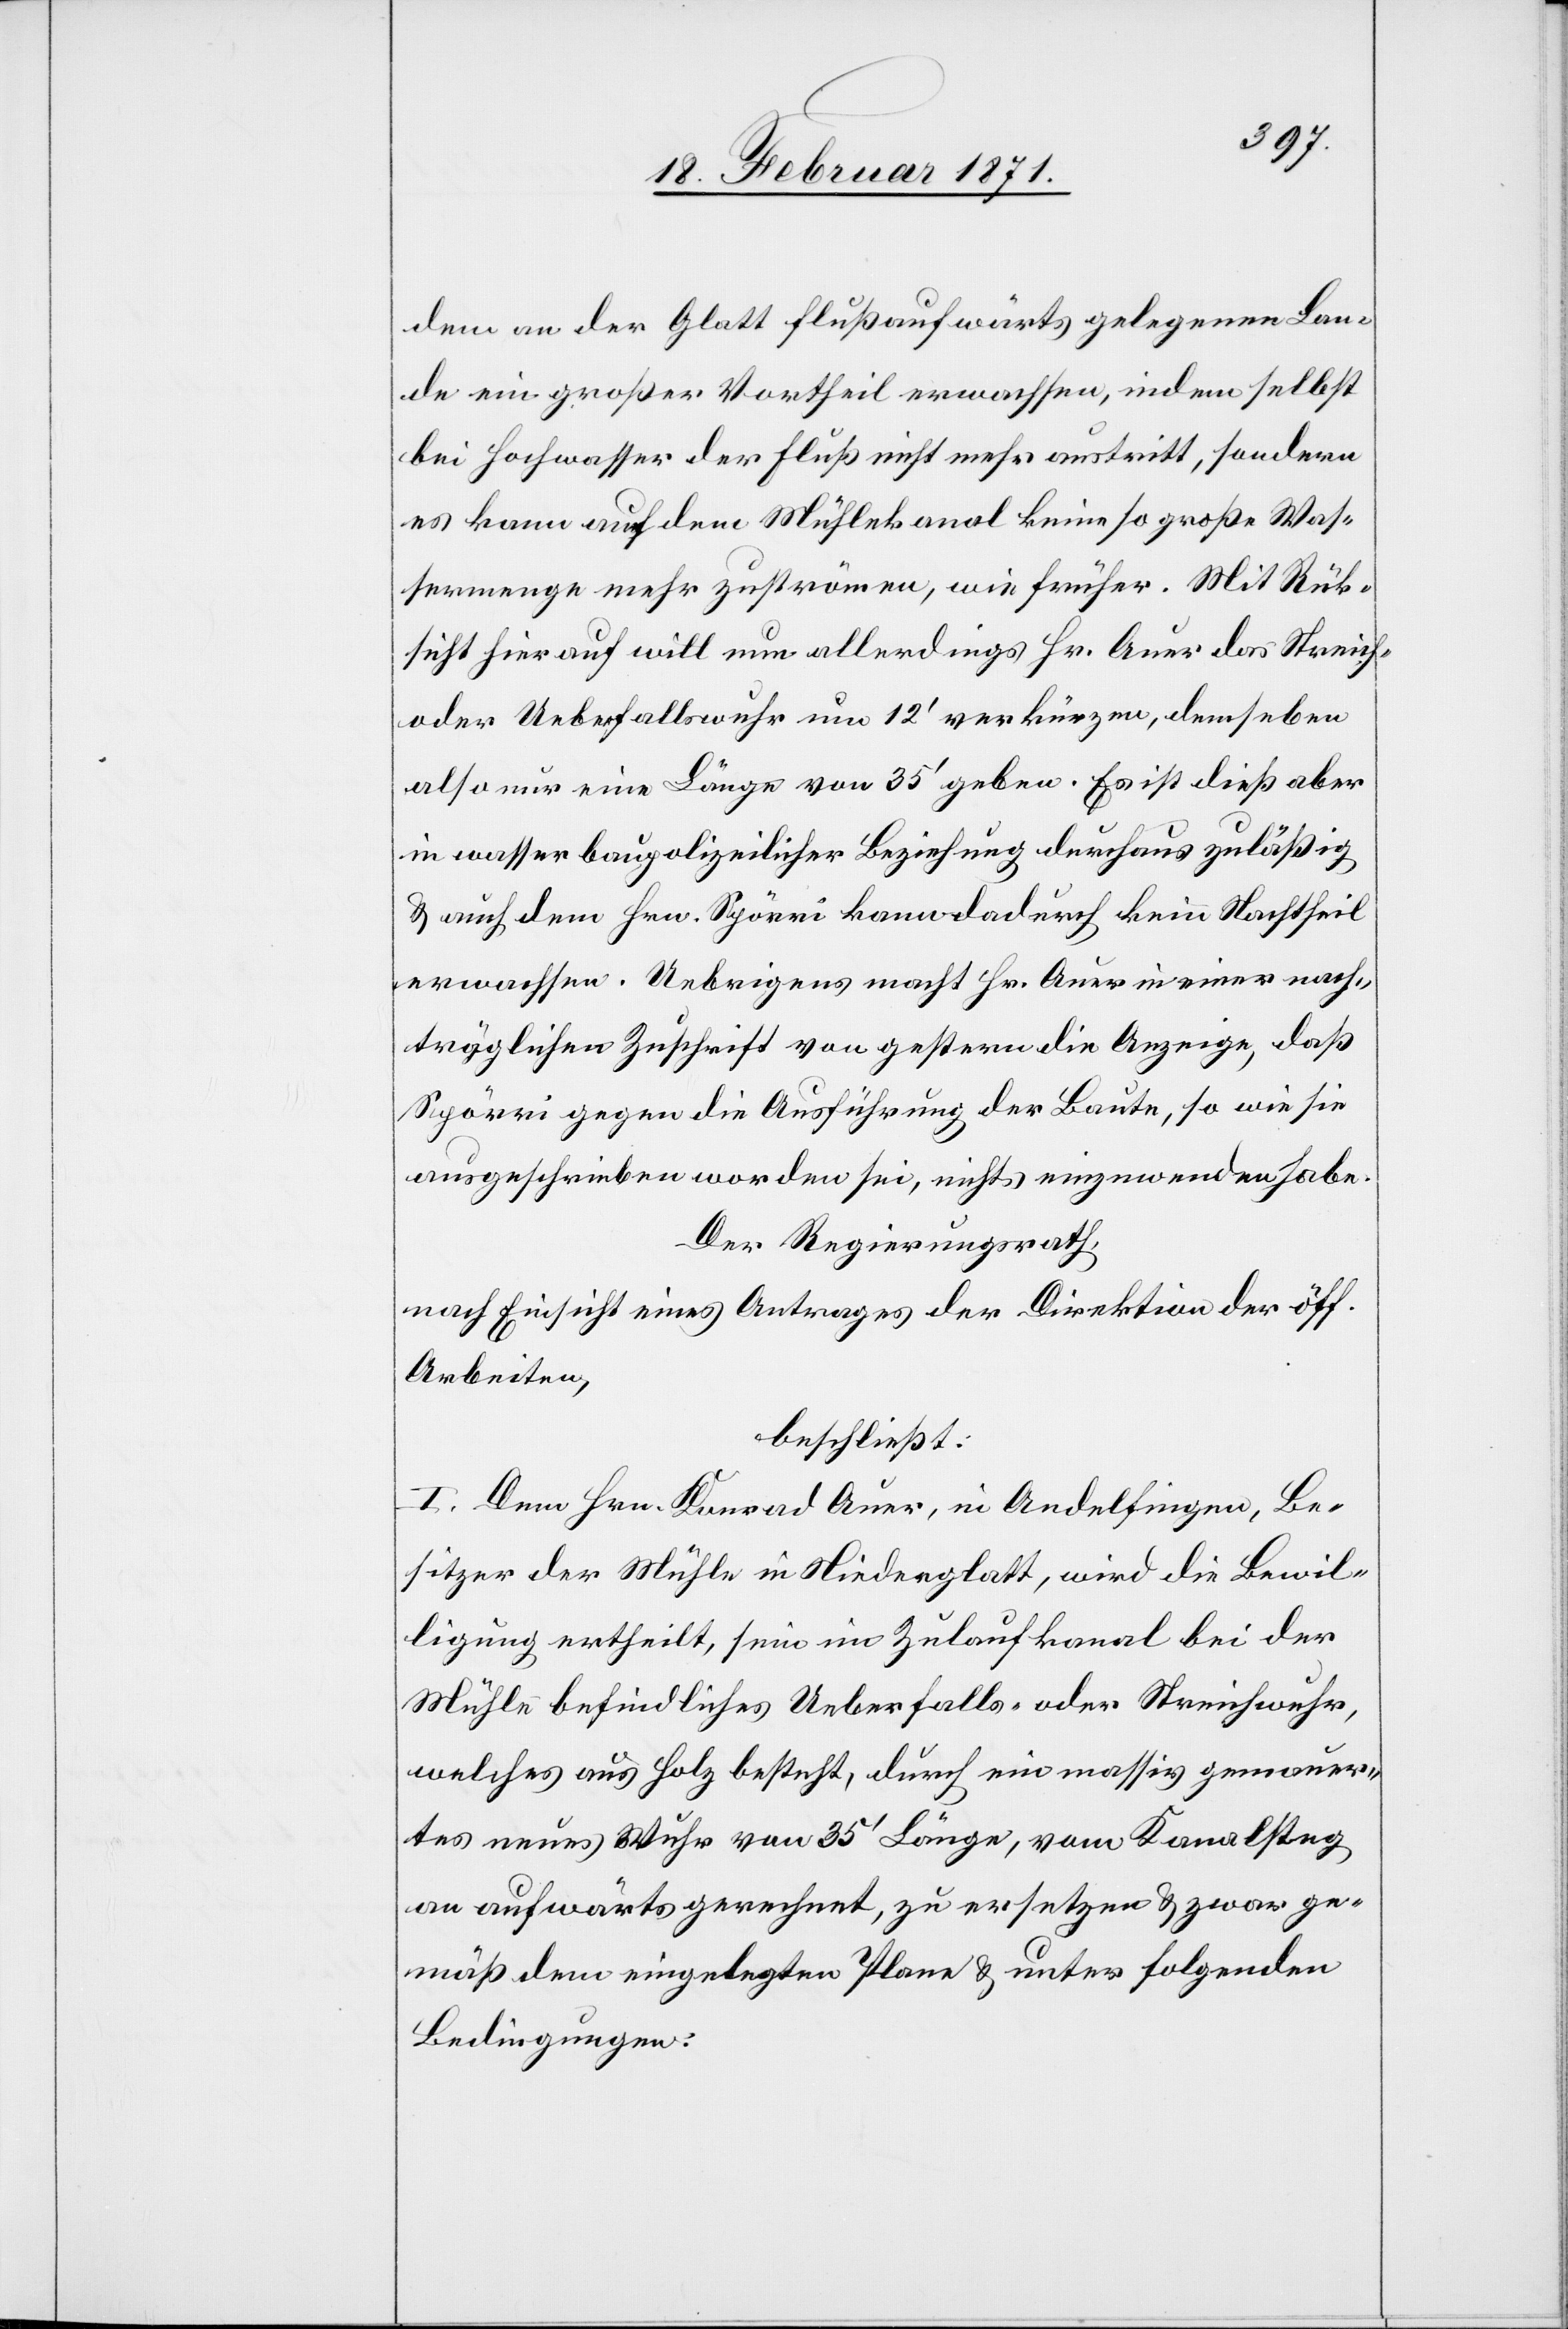
dem an der Glatt flußaufwärts gelegenen Lan¬
de ein großer Vortheil erwachsen, indem selbst
bei Hochwasser der Fluß nicht mehr austritt, sondern
es kann auch dem Mühlekanal keine so große Was¬
sermenge mehr zuströmen, wie früher. Mit Rük¬
sicht hierauf will nun allerdings Hr. Auer das Streich-
oder Ueberfallswuhr um 12‘ verkürzen, demse[l]ben
also nur eine Länge von 35‘ geben. Es ist dieß aber
in wasserbaupolizeilicher Beziehung durchaus zuläßig
u. auch dem Hrn. Spörri kann dadurch kein Nachtheil
erwachsen. Uebrigens macht Hr. Auer in einer nach¬
träglichen Zuschrift von gestern die Anzeige, daß
Spörri gegen die Ausführung der Baute, so wie sie
ausgeschrieben worden sei, nicht einzuwenden habe.
Der Regierungsrath,
nach Einsicht eines Antrages der Direktion der öff.
Arbeiten,
beschließt:
I. Dem Hrn. Konrad Auer, in Andelfingen, Be¬
sitzer der Mühle in Niederglatt, wird die Bewil¬
ligung ertheilt, sein im Zulaufkanal bei der
Mühle befindliches Ueberfalls- oder Streichwuhr,
welches aus Holz besteht, durch ein massiv gemauer¬
tes neues Wuhr von 35‘ Länge, vom Kanalsteg
an aufwärts gerechnet, zu ersetzten u. zwar ge¬
mäß dem eingelegten Plane u. unter folgenden
Bedingungen: